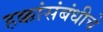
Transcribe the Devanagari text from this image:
हक्कांसंबंधीचे